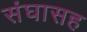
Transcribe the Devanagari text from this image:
संघासह